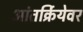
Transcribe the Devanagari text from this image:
आंतर्क्रियेवर